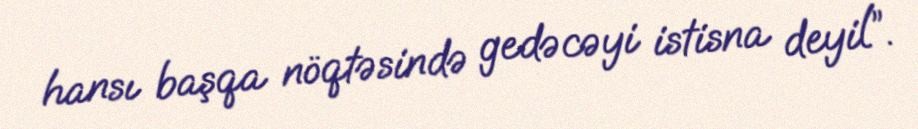
hansı başqa nöqtəsində gedəcəyi istisna deyil”.